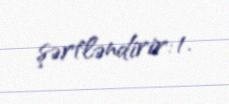
şərtləndirir: 1.